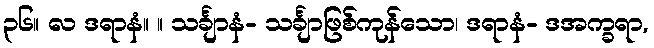
၃၆။ လ ဒရာနံ။ ။ သင်္ချာနံ- သင်္ချာဖြစ်ကုန်သော၊ ဒရာနံ- ဒအက္ခရာ,